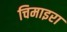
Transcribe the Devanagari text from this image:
चिमाइरा